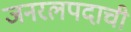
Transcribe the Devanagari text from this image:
जनरलपदाची